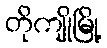
တိုကျိုမြို့